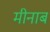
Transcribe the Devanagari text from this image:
मीनाब